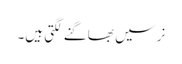
نرسیں بھاگنے لگتی ہیں۔